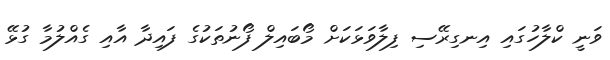
ވަނީ ކްލާހުގައި އިނގިރޭސި ފިލާވަޅަކަށް މޯބައިލް ފޯނުތަކުގެ ފައިދާ އާއި ގެއްލުމާ ގުޅޭ